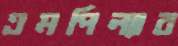
এমপিল্যাব